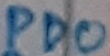
Text: PD0